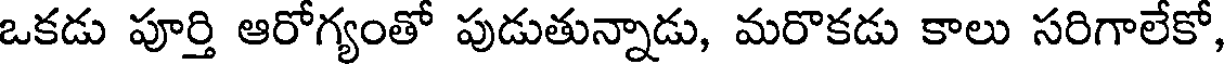
ఒకడు పూర్తి ఆరోగ్యంతో పుడుతున్నాడు, మరొకడు కాలు సరిగాలేకో,